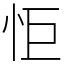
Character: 怇